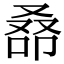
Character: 𠭞